Source: Handwritten
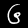
Digit: ၆ (6)